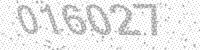
Solution: 016027